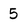
Character: 5